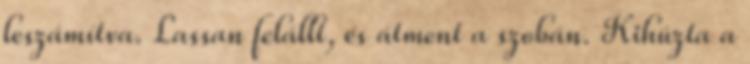
leszámítva. Lassan felállt, és átment a szobán. Kihúzta a